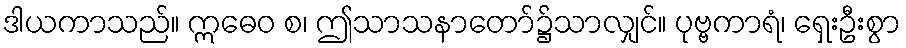
ဒါယကာသည်။ ဣဓေဝ စ၊ ဤသာသနာတော်၌သာလျှင်။ ပုဗ္ဗကာရံ၊ ရှေးဦးစွာ